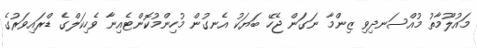
މައުލޫމާތު މުއްސަނދިވި ޒިންމާ ނަގަން ޖެހޭ ބަޔަކު އެނގުން މުހިންމުކޮންޓެއިނާ ވެހިކަލްގެ ޑްރައިވަރުގެ